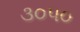
૩૦૫૦